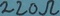
Text: 220Ω